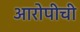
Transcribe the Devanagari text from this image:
आरोपीची